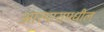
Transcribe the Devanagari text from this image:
आरमारामधील